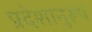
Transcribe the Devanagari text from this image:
प्रदेशानुरूप